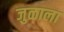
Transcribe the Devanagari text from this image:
जुळाला